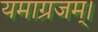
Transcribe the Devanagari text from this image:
यमाग्रजम्।